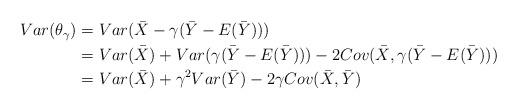
LaTeX: \begin{align*}\begin{aligned}Var(\theta_{\gamma}) & =Var(\bar{X}-\gamma(\bar{Y}-E(\bar{Y})))\\& =Var(\bar{X})+Var(\gamma(\bar{Y}-E(\bar{Y})))-2Cov(\bar{X},\gamma(\bar{Y}-E(\bar{Y})))\\& =Var(\bar{X})+\gamma^2 Var(\bar{Y})-2 \gamma Cov(\bar{X},\bar{Y})\end{aligned}\end{align*}